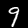
Label: 9